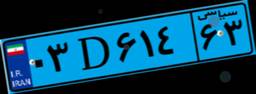
۶۷D۷۹۸۳۸